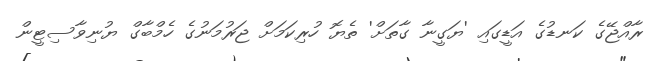
ރާއްޖޭގެ ކަނޑުގެ އަޑީގައި 'ޔަގީނާ ގާތަށް' ތެޔޮ ހުރިކަމަށް ޖަރުމަނުގެ ހެމްބާގް ޔުނިވާސިޓީން